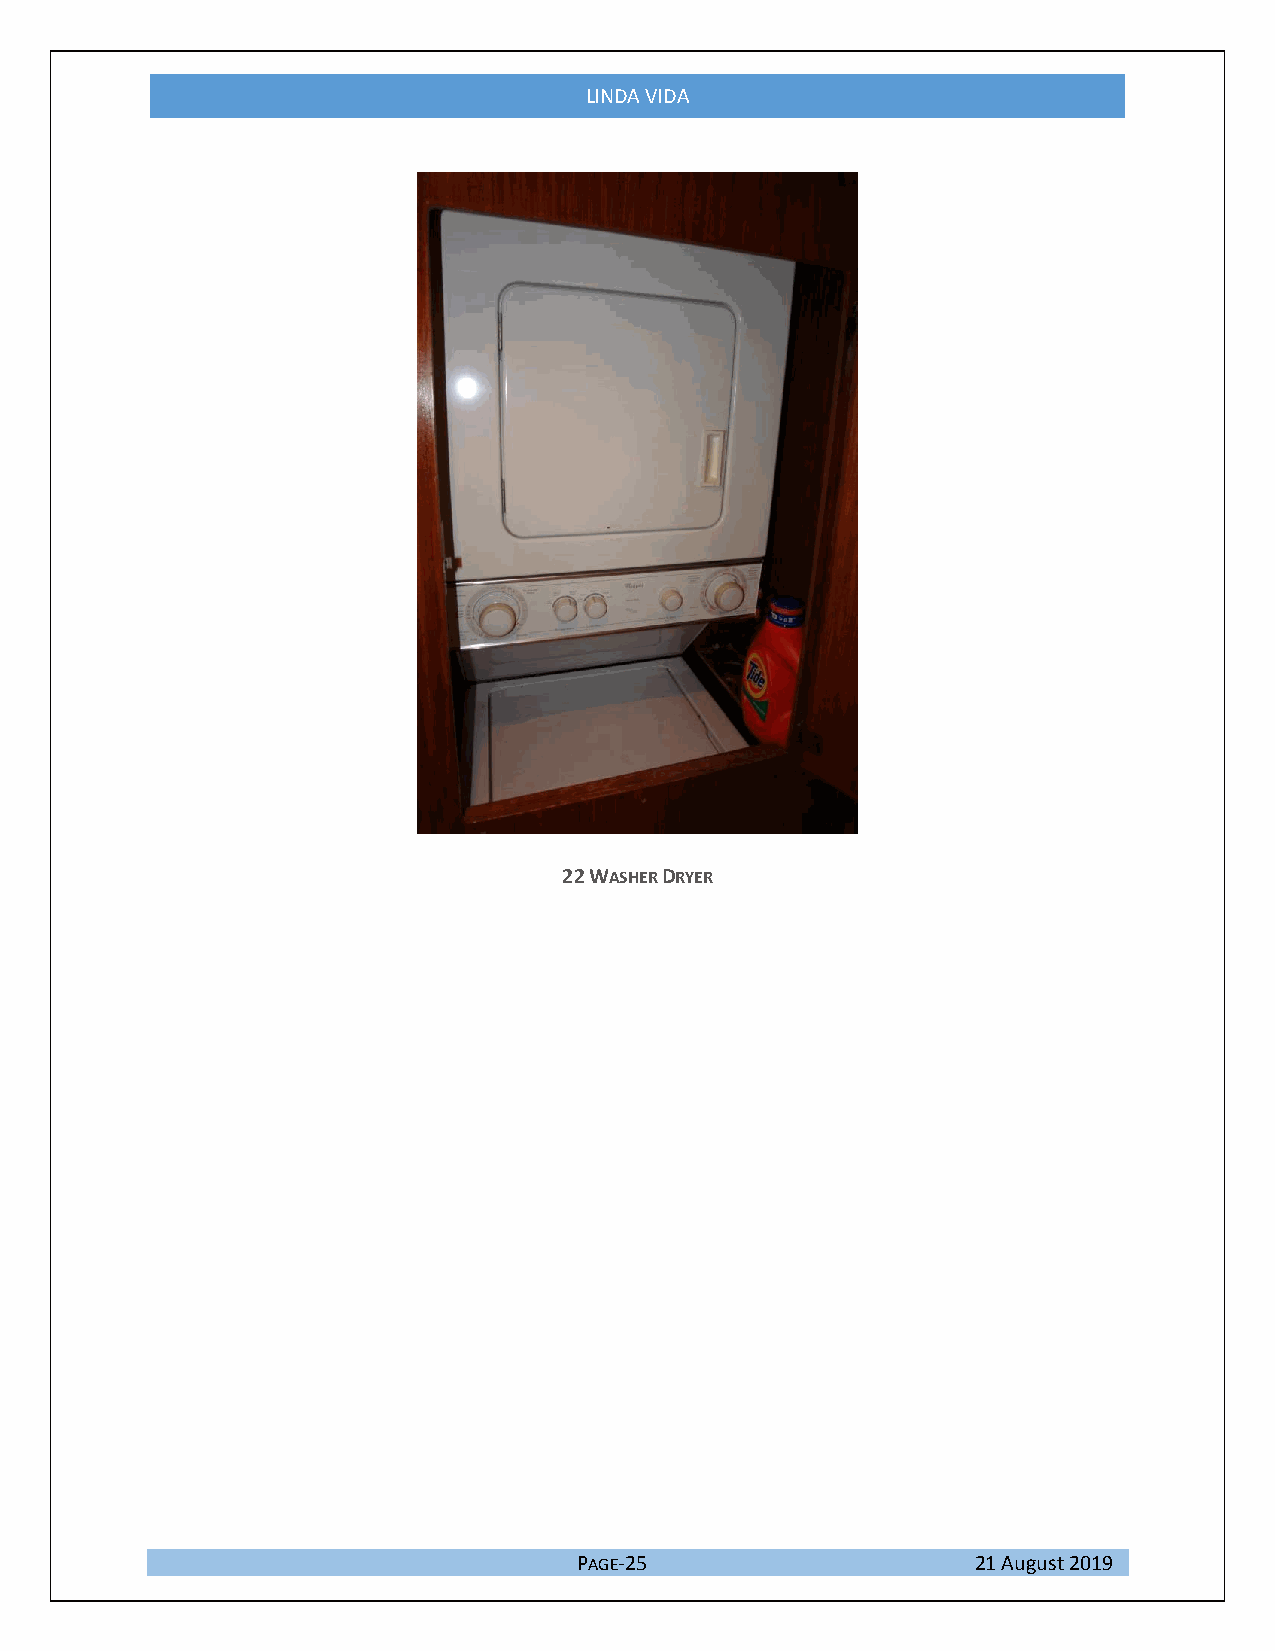
LINDA VIDA
 22 WASHER DRYER
 PAGE-25                    21 August 2019